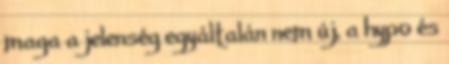
maga a jelenség egyáltalán nem új, a hypo és